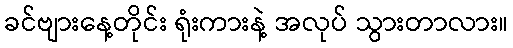
ခင်ဗျားနေ့တိုင်း ရုံးကားနဲ့ အလုပ် သွားတာလား။